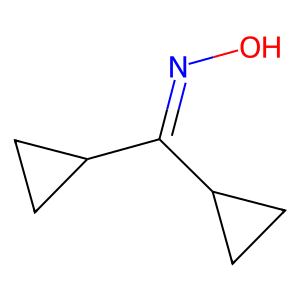
SMILES: ON=C(C1CC1)C1CC1
Inhibits HIV replication: No